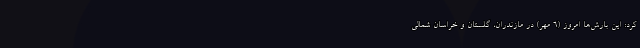
کرد: این بارش‌ها امروز (۶ مهر) در مازندران، گلستان و خراسان شمالی